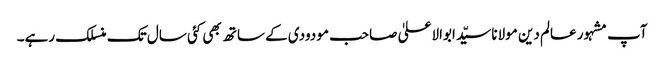
آپ مشہور عالم دین مولانا سیّد ابوالاعلیٰ صاحب مودودی کے ساتھ بھی کئی سال تک منسلک رہے۔